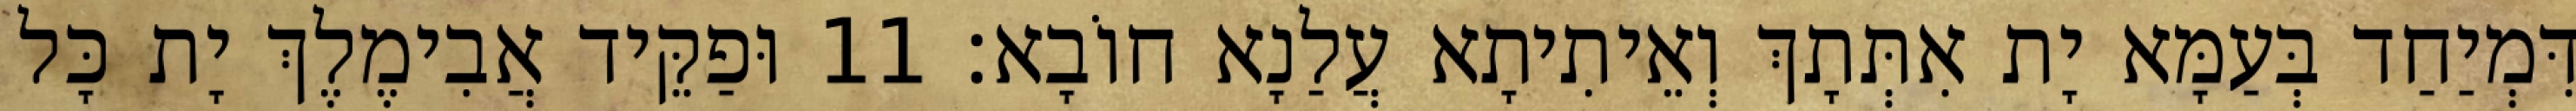
דִּמְיַחַד בְּעַמָּא יָת אִתְּתָךְ וְאֵיתִיתָא עֲלַנָא חוֹבָא׃ 11 וּפַקֵּיד אֲבִימֶלֶךְ יָת כָּל